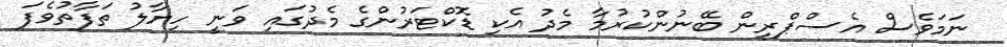
ނަމަވެސް އެސްޕްރިން ބޭނުންކުރުމާ މެދު އެކި ޑޮކްޓަރުންގެ މެދުގައި ވަނީ ހިޔާލު ތަފާތުވެފަ